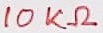
Text: 10KΩ